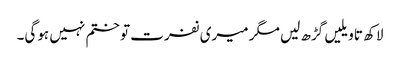
لاکھ تاویلیں گڑھ لیں مگر میری نفرت تو ختم نہیں ہوگی۔